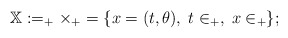
\begin{align*}\mathbb X:= \real_+\times \real_+ = \{x=(t,\theta), \; t \in \real_+, \; x\in \real_+\};\end{align*}